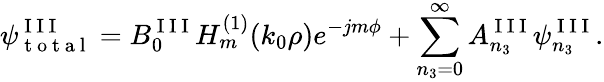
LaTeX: \psi_{\mathrm{~t~o~t~a~l~}}^{\mathrm{~I~I~I~}}=B_{0}^{\mathrm{~I~I~I~}}H_{m}^{(1)}(k_{0}\rho)e^{-jm\phi}+\sum_{n_{3}=0}^{\infty}A_{n_{3}}^{\mathrm{~I~I~I~}}\psi_{n_{3}}^{\mathrm{~I~I~I~}}.